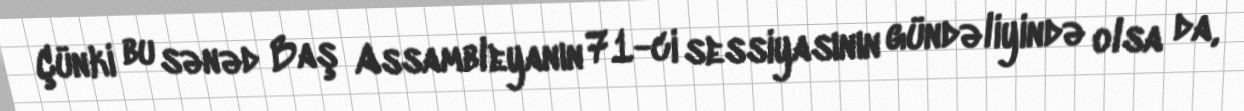
Çünki bu sənəd Baş Assambleyanın 71-ci sessiyasının gündəliyində olsa da,